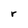
Character: r